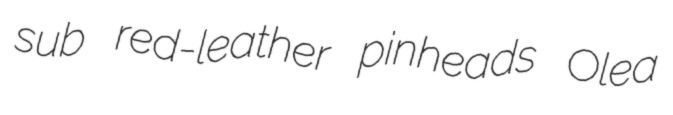
sub red-leather pinheads Olea